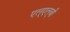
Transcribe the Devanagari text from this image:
एल्‌एल्‌बी